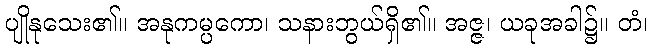
ပျိုနုသေး၏။ အနုကမ္ပကော၊ သနားဘွယ်ရှိ၏။ အဇ္ဇ၊ ယခုအခါ၌။ တံ၊